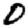
Digit: 0